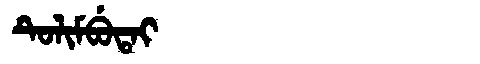
Manchu: ᡨᡠᠯᡳᠮᠪᡠᡨᠠᡳ
Romanization: TULIMBUTAI